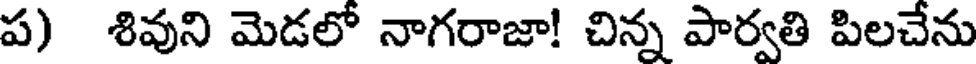
ప) శివుని మెడలో నాగరాజా! చిన్న పార్వతి పిలచేను